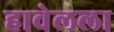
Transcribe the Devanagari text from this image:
हावेलला